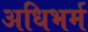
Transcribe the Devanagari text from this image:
अधिभर्म